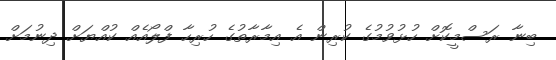
ބިނާ ރަސްމީކޮށް ހުޅުވުމުގެ ކުރިން އެ އިމާރާތުގެ ހުރިހާ ފްލޯއެއް ކުއްޔަށް ދިނުމަށް